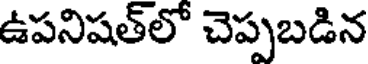
ఉపనిషత్లో చెప్పబడిన